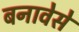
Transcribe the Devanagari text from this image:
बनावेसे